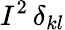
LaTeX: I^{2}\, \delta_{kl}